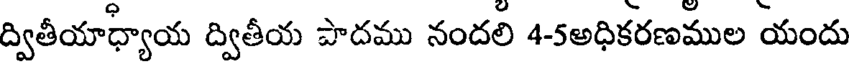
ద్వితీయాధ్యాయ ద్వితీయ పాదము నందలి 4-5అధికరణముల యందు